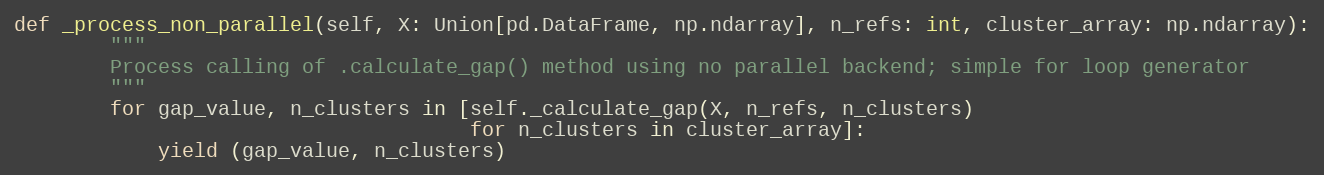
Language: Python
def _process_non_parallel(self, X: Union[pd.DataFrame, np.ndarray], n_refs: int, cluster_array: np.ndarray):
        """
        Process calling of .calculate_gap() method using no parallel backend; simple for loop generator
        """
        for gap_value, n_clusters in [self._calculate_gap(X, n_refs, n_clusters)
                                      for n_clusters in cluster_array]:
            yield (gap_value, n_clusters)